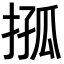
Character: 𢮩